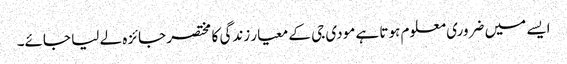
ایسے میں ضروری معلوم ہوتا ہے مودی جی کے معیار زندگی کا مختصر جائزہ لے لیا جائے۔